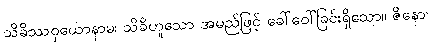
သိခိဿဝှယောနာမ၊ သိခိဟူသော အမည်ဖြင့် ခေါ်ဝေါ်ခြင်းရှိသော။ ဇိနော၊